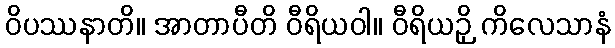
ဝိပဿနာတိ။ အာတာပီတိ ဝီရိယဝါ။ ဝီရိယဉှိ ကိလေသာနံ